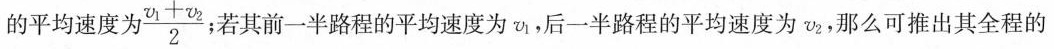
的平均速度为 \frac{v_{1} + v_{2}}{2} ；若其前一半路程的平均速度为v_{1}，后一半路程的平均速度为v_{2}，那么可推出其全程的